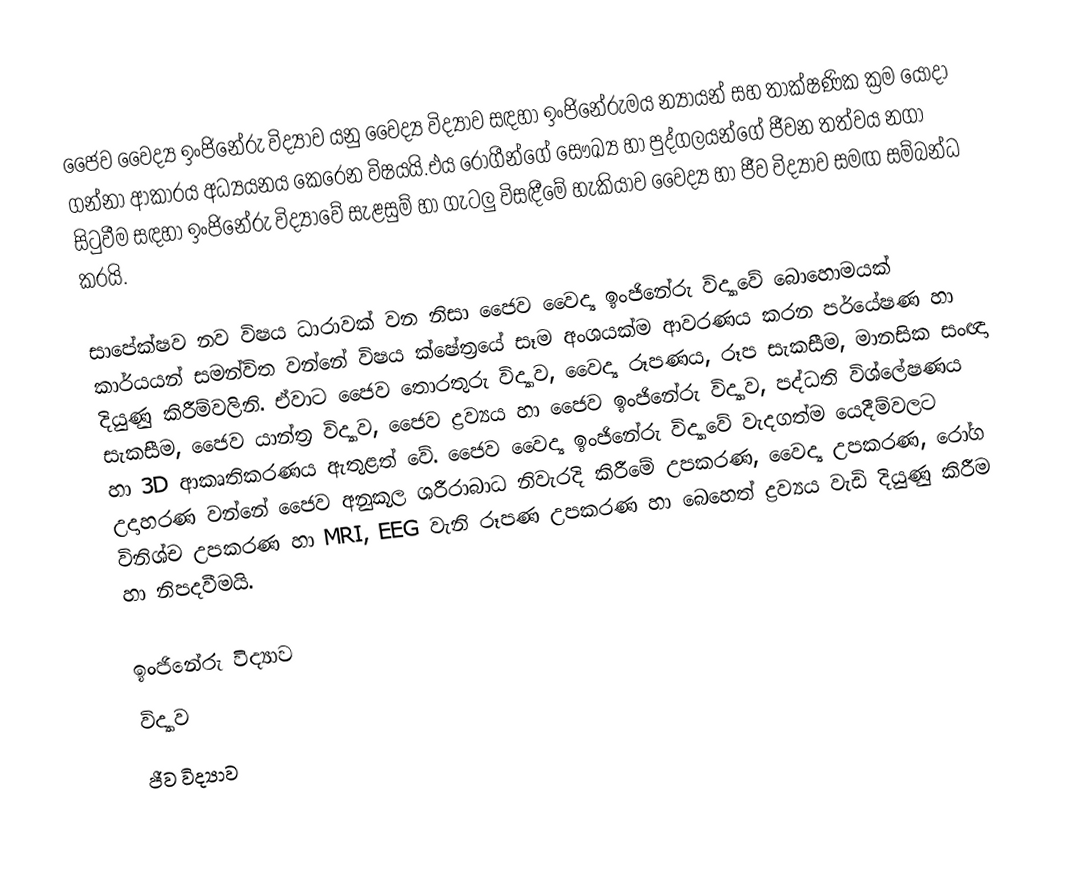
ජෛව වෛද්‍ය ඉංජිනේරු විද්‍යාව යනු වෛද්‍ය විද්‍යාව සඳහා ඉංජිනේරුමය න්‍යායන් සහ තාක්ෂණික ක්‍රම යොදා  ගන්නා ආකාරය අධ්‍යයනය කෙරෙන විෂයයි.එය රෝගීන්ගේ සෞඛ්‍ය හා පුද්ගලයන්ගේ ජීවන තත්වය නගා සිටුවීම සඳහා ඉංජිනේරු විද්‍යාවේ සැළසුම් හා ගැටලු විසඳීමේ හැකියාව වෛද්‍ය හා ජීව විද්‍යාව සමඟ සම්බන්ධ කරයි.

සාපේක්ෂව නව විෂය ධාරාවක් වන නිසා ජෛව වෛද්‍ය ඉංජිනේරු විද්‍යාවේ බොහොමයක් කාර්යයන් සමන්විත වන්නේ විෂය ක්ෂේත්‍රයේ සෑම අංශයක්ම ආවරණය කරන පර්යේෂණ හා දියුණු කිරීම්වලිනි. ඒවාට ජෛව තොරතුරු විද්‍යාව, වෛද්‍ය රූපණය, රූප සැකසීම, මානසික සංඥා සැකසීම, ජෛව යාන්ත්‍ර විද්‍යාව, ජෛව ද්‍රව්‍යය හා ජෛව ඉංජිනේරු විද්‍යාව, පද්ධති විශ්ලේෂණය හා 3D ආකෘතිකරණය ඇතුළත් වේ. ජෛව වෛද්‍ය ඉංජිනේරු විද්‍යාවේ වැදගත්ම යෙදීම්වලට උදාහරණ වන්නේ ජෛව අනුකූල ශරීරාබාධ නිවැරදි කිරීමේ උපකරණ, වෛද්‍ය උපකරණ, රෝග විනිශ්ච උපකරණ හා MRI, EEG වැනි රූපණ උපකරණ හා බෙහෙත් ද්‍රව්‍යය වැඩි දියුණු කිරීම හා නිපදවීමයි.

ඉංජිනේරු විද්‍යාව
විද්‍යාව
ජීව විද්‍යාව